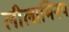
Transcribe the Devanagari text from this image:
लीलाभिनय